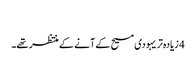
‏
4 زیادہ‌تر یہودی مسیح کے آنے کے منتظر تھے۔